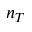
n _ { T }